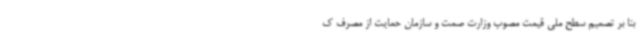
بنا بر تصمیم سطح ملی قیمت مصوب وزارت صمت و سازمان حمایت از مصرف ک